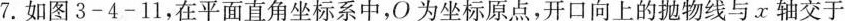
7.如图3-4-11，在平面直角坐标系中，O为坐标原点，开口向上的抛物线与x轴交于